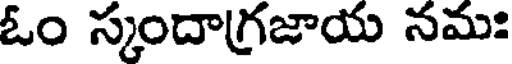
ఓం స్కందాగ్రజాయ నమః